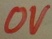
Text: 0V